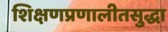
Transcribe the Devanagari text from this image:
शिक्षणप्रणालीतसुद्धा